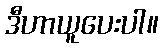
ဒီဟာယူပေးပါ။